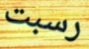
رسبت